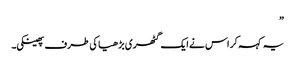
”
یہ کہہ کر اس نے ایک گٹھری بڑھیا کی طرف پھینکی۔